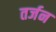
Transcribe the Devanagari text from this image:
तर्जन